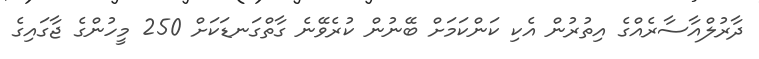
ދާރުލްއާސާރެއްގެ އިތުރުން އެކި ކަންކަމަށް ބޭނުން ކުރެވޭނެ ގާތްގަނޑަކަށް 250 މީހުންގެ ޖާގައިގެ